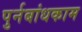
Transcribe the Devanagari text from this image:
पुर्नबांधकाम